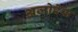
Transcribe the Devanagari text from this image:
अजोरेस